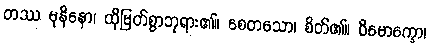
တဿ မုနိနော၊ ထိုမြတ်စွာဘုရား၏။ စေတသော၊ စိတ်၏။ ဝိမောက္ခော၊